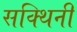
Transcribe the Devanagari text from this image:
सक्थिनी